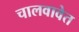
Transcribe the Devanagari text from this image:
चालवावेत